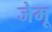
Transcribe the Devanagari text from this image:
जेमू